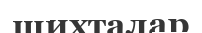
шихталар